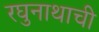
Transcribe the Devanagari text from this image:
रघुनाथाची